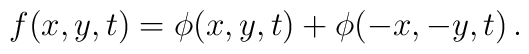
f(x, y, t) = \phi(x, y, t) + \phi( -x, -y, t)\,.